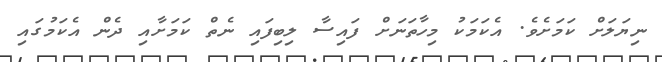
ނިޔަލަށް ކަމަށެވެ. އެކަމަކު މިހާތަނަށް ފައިސާ ލިބިފައި ނެތް ކަމަށާއި ދެން އެކަމުގައި